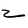
Character: z